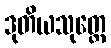
ဒုတိယသုတ္တေ